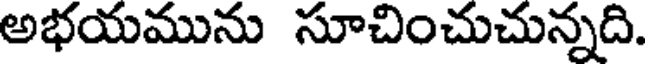
అభయమును సూచించుచున్నది.